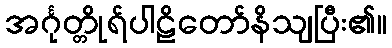
အင်္ဂုတ္တိုရ်ပါဠိတော်နိသျပြီး၏။